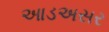
આડઅસર